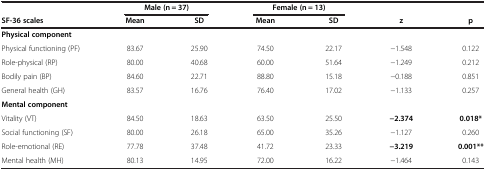
|  | <COLSPAN=2> Male (n = 37) | <COLSPAN=2> Female (n = 13) |  |  |
 | SF-36 scales | Mean | SD | Mean | SD | z | p |
 | --- | --- | --- | --- | --- | --- | --- |
 | Physical component |  |  |  |  |  |  |
 | Physical functioning (PF) | 83.67 | 25.90 | 74.50 | 22.17 | −1.548 | 0.122 |
 | Role-physical (RP) | 80.00 | 40.68 | 60.00 | 51.64 | −1.249 | 0.212 |
 | Bodily pain (BP) | 84.60 | 22.71 | 88.80 | 15.18 | −0.188 | 0.851 |
 | General health (GH) | 83.57 | 16.76 | 76.40 | 17.02 | −1.133 | 0.257 |
 | Mental component |  |  |  |  |  |  |
 | Vitality (VT) | 84.50 | 18.63 | 63.50 | 25.50 | −2.374 | 0.018* |
 | Social functioning (SF) | 80.00 | 26.18 | 65.00 | 35.26 | −1.127 | 0.260 |
 | Role-emotional (RE) | 77.78 | 37.48 | 41.72 | 23.33 | −3.219 | 0.001** |
 | Mental health (MH) | 80.13 | 14.95 | 72.00 | 16.22 | −1.464 | 0.143 |